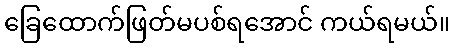
ခြေထောက်ဖြတ်မပစ်ရအောင် ကယ်ရမယ်။